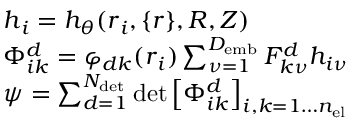
\begin{array} { r l } & { { \boldsymbol { h } } _ { i } = h _ { \theta } ( { \boldsymbol { r } } _ { i } , \lbrace { \boldsymbol { r } } \rbrace , { \boldsymbol { R } } , { \boldsymbol { Z } } ) } \\ & { \Phi _ { i k } ^ { d } = \varphi _ { d k } ( { \boldsymbol { r } } _ { i } ) \sum _ { \nu = 1 } ^ { D _ { \mathrm { e m b } } } F _ { k \nu } ^ { d } h _ { i \nu } } \\ & { \psi = \sum _ { d = 1 } ^ { N _ { \mathrm { d e t } } } \operatorname* { d e t } \left[ \Phi _ { i k } ^ { d } \right] _ { i , k = 1 \dots { n _ { \mathrm { e l } } } } } \end{array}